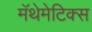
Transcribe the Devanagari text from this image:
मॅथेमेटिक्स